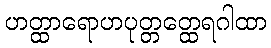
ဟတ္ထာရောဟပုတ္တတ္ထေရဂါထာ